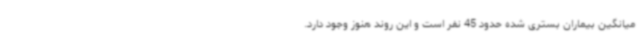
میانگین بیماران بستری شده حدود 45 نفر است و این روند هنوز وجود دارد.